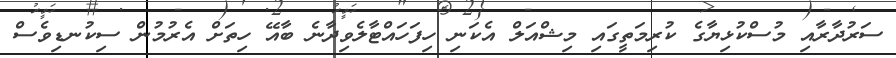
ސަރުދާރާއި މުސްކުޅިޔާގެ ކުރިމަތީގައި މިޝްއަލް އެކަނި ހިފަހައްޓާލެވިދާނެ ބާއޭ ހިތަށް އެރުމުން ސިކުނޑިވެސް